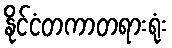
နိုင်ငံတကာတရားရုံး